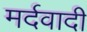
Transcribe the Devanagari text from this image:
मर्दवादी